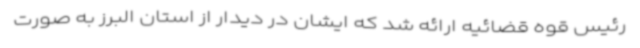
رئیس قوه قضائیه ارائه شد که ایشان در دیدار از استان البرز به صورت